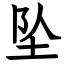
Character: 坠